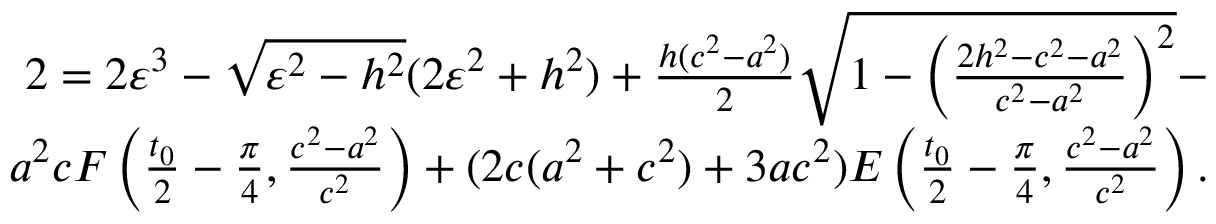
\begin{array} { r } { 2 = 2 \varepsilon ^ { 3 } - \sqrt { \varepsilon ^ { 2 } - h ^ { 2 } } ( 2 \varepsilon ^ { 2 } + h ^ { 2 } ) + \frac { h ( c ^ { 2 } - a ^ { 2 } ) } { 2 } \sqrt { 1 - \left( \frac { 2 h ^ { 2 } - c ^ { 2 } - a ^ { 2 } } { c ^ { 2 } - a ^ { 2 } } \right) ^ { 2 } } - } \\ { a ^ { 2 } c F \left( \frac { t _ { 0 } } { 2 } - \frac { \pi } { 4 } , \frac { c ^ { 2 } - a ^ { 2 } } { c ^ { 2 } } \right) + ( 2 c ( a ^ { 2 } + c ^ { 2 } ) + 3 a c ^ { 2 } ) E \left( \frac { t _ { 0 } } { 2 } - \frac { \pi } { 4 } , \frac { c ^ { 2 } - a ^ { 2 } } { c ^ { 2 } } \right) . } \end{array}